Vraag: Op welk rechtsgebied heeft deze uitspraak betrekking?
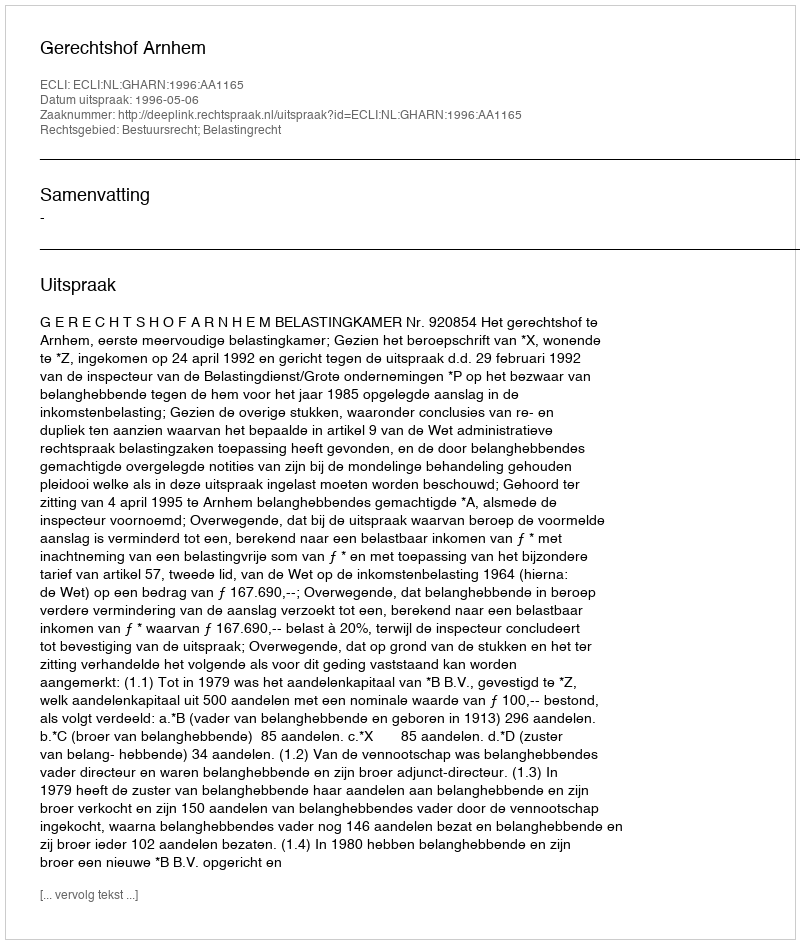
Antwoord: Bestuursrecht; Belastingrecht